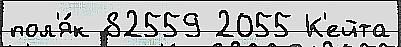
пол'я́к 82559 2055 К'ейта